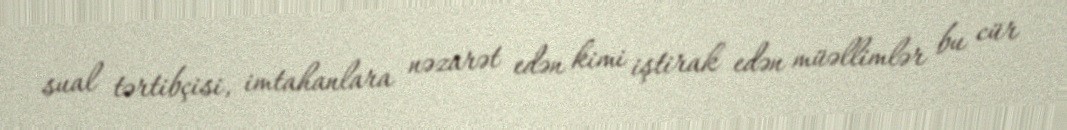
sual tərtibçisi, imtahanlara nəzarət edən kimi iştirak edən müəllimlər bu cür